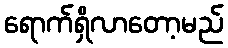
ရောက်ရှိလာတော့မည်